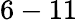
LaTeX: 6-11